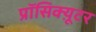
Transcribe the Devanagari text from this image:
प्रॉसिक्य़ूटर